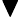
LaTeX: \blacktriangledown